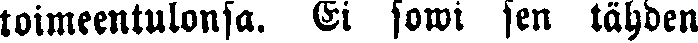
toimeentulonsa. Ei sowi sen tähden